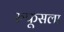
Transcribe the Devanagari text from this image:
रुफूसला